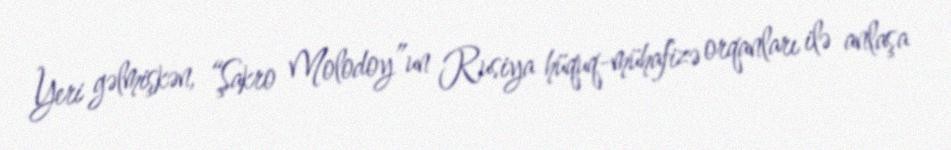
Yeri gəlmişkən, “Şakro Molodoy”un Rusiya hüquq-mühafizə orqanları ilə anlaşa